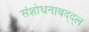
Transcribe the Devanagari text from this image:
संशोधनाबद्द्ल